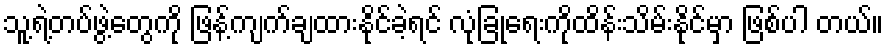
သူ့ရဲ့တပ်ဖွဲ့တွေကို ဖြန့်ကျက်ချထားနိုင်ခဲ့ရင် လုံခြုံရေးကိုထိန်းသိမ်းနိုင်မှာ ဖြစ်ပါ တယ်။